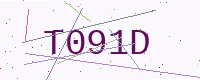
Text: T091D